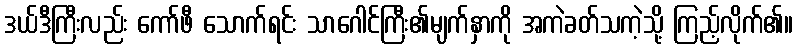
ဒယ်ဒီကြီးလည်း ကော်ဖီ သောက်ရင်း သာဂေါင်ကြီး၏မျက်နှာကို အကဲခတ်သကဲ့သို့ ကြည့်လိုက်၏။